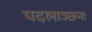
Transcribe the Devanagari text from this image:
पदलाञ्छनः